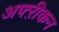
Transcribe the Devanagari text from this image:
अफ्ऱीकन